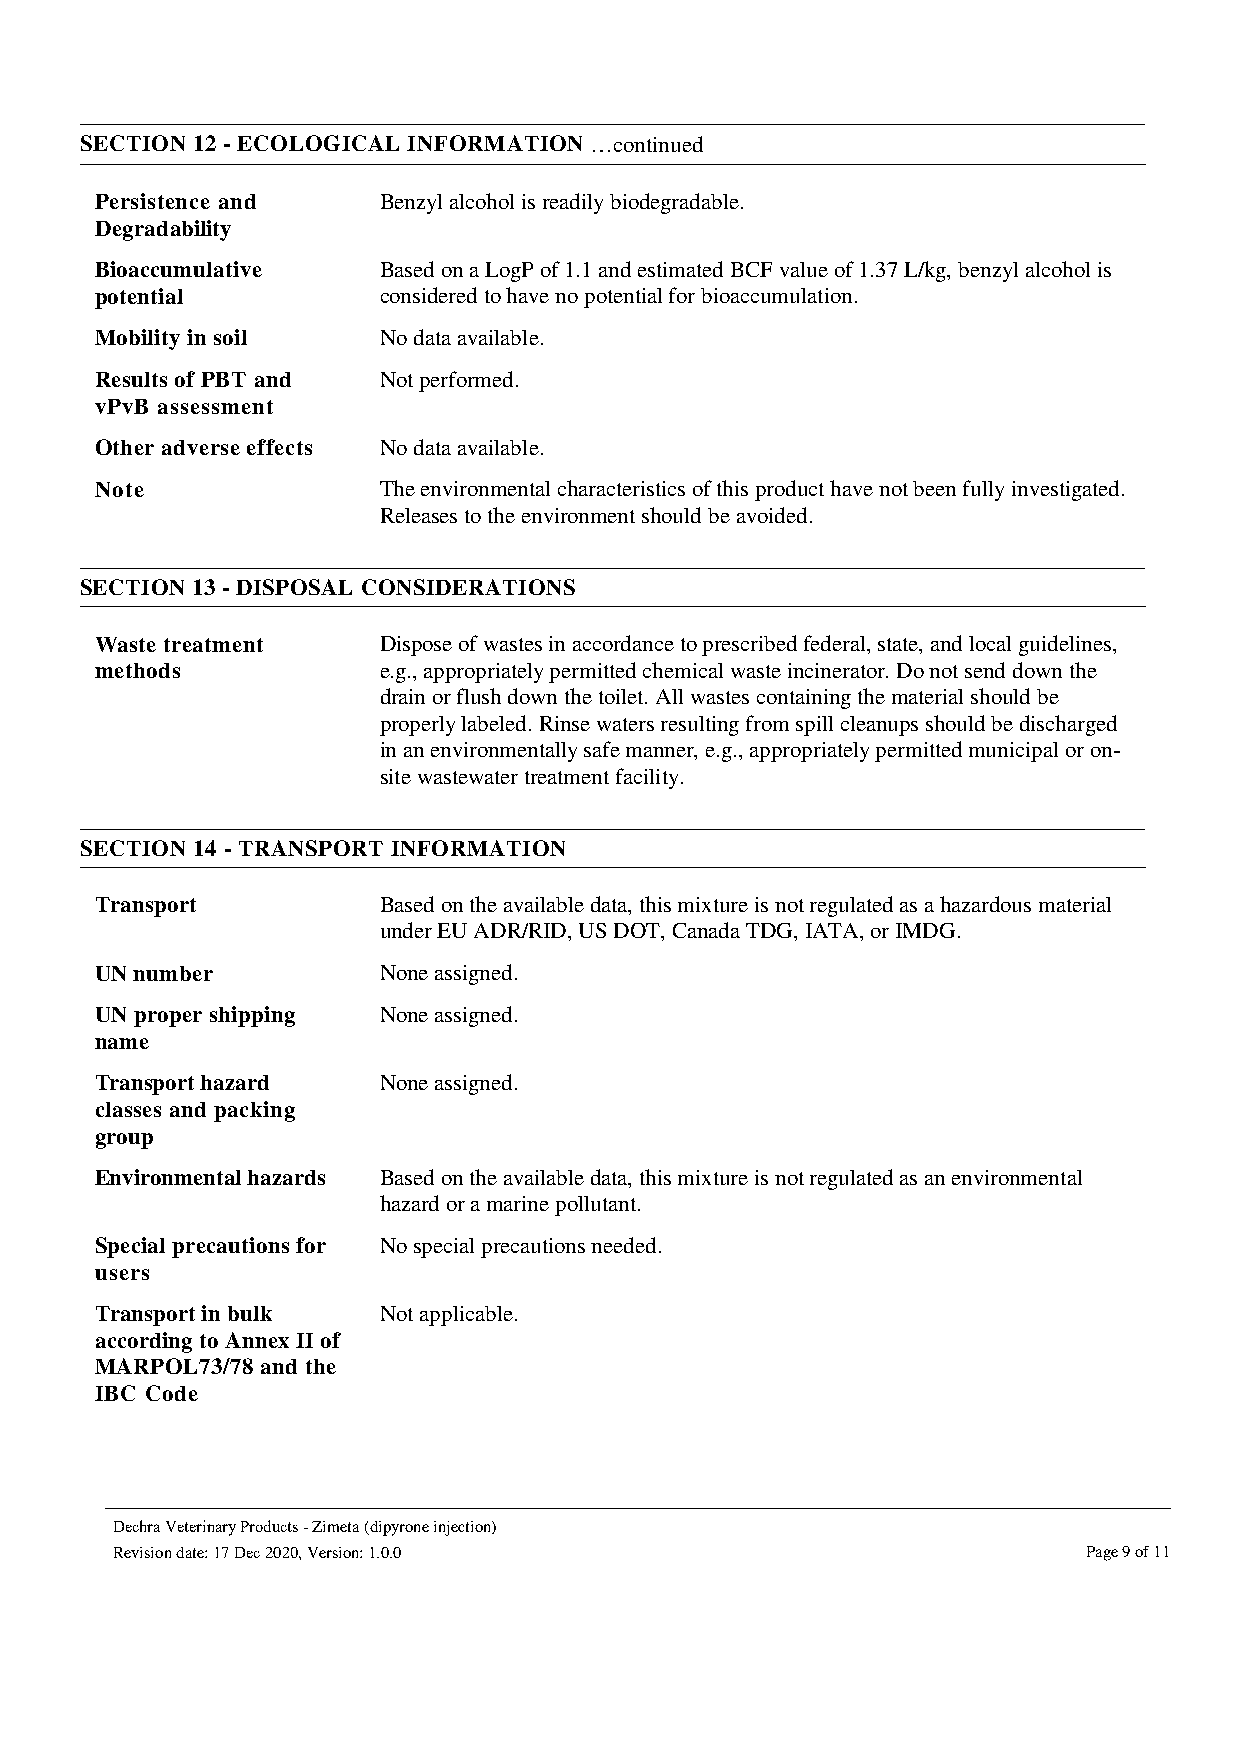
SECTION 12 - ECOLOGICAL INFORMATION …continued
 Persistence and    Benzyl alcohol is readily biodegradable.
 Degradability
 Bioaccumulative    Based on a LogP of 1.1 and estimated BCF value of 1.37 L/kg, benzyl alcohol is
 potential          considered to have no potential for bioaccumulation.
 Mobility in soil   No data available.
 Results of PBT and Not performed.
 vPvB assessment
 Other adverse effects No data available.
 Note               The environmental characteristics of this product have not been fully investigated.
 Releases to the environment should be avoided.
 SECTION 13 - DISPOSAL CONSIDERATIONS
 Waste treatment    Dispose of wastes in accordance to prescribed federal, state, and local guidelines,
 methods            e.g., appropriately permitted chemical waste incinerator. Do not send down the
 drain or flush down the toilet. All wastes containing the material should be
 properly labeled. Rinse waters resulting from spill cleanups should be discharged
 in an environmentally safe manner, e.g., appropriately permitted municipal or on-
 site wastewater treatment facility.
 SECTION 14 - TRANSPORT INFORMATION
 Transport          Based on the available data, this mixture is not regulated as a hazardous material
 under EU ADR/RID, US DOT, Canada TDG, IATA, or IMDG.
 UN number          None assigned.
 UN proper shipping None assigned.
 name
 Transport hazard   None assigned.
 classes and packing
 group
 Environmental hazards Based on the available data, this mixture is not regulated as an environmental
 hazard or a marine pollutant.
 Special precautions for No special precautions needed.
 users
 Transport in bulk  Not applicable.
 according to Annex II of
 MARPOL73/78 and the
 IBC Code
 Dechra Veterinary Products - Zimeta (dipyrone injection)
 Revision date: 17 Dec 2020, Version: 1.0.0                       Page 9 of 11